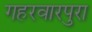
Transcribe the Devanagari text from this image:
गहरवारपुरा